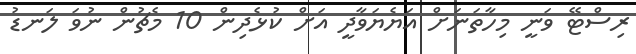
ރިސްޓޭ ވަނީ މިހާތަނަށް އަޔެޔަވާދީ އަށް ކުޅެދިން 10 މެޗުން ނުވަ ލަނޑު